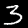
Label: 3